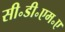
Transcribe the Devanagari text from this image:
सी॰डी॰एम॰ए